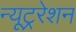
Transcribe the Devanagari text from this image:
न्यूट्ररेशन